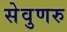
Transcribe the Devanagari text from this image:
सेवुणरु